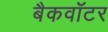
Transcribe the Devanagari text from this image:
बैकवॉटर